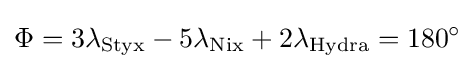
\Phi =3\lambda _{\rm {Styx}}-5\lambda _{\rm {Nix}}+2\lambda _{\rm {Hydra}}=180^{\circ }